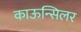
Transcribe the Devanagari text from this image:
काऊन्सिलर